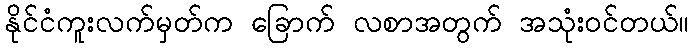
နိုင်ငံကူးလက်မှတ်က ခြောက် လစာအတွက် အသုံးဝင်တယ်။